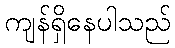
ကျန်ရှိနေပါသည်